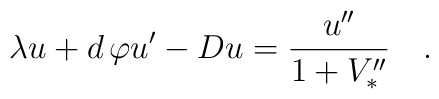
\lambda u + d\,\varphi u'-Du={u''\over1+V''_*}\quad.